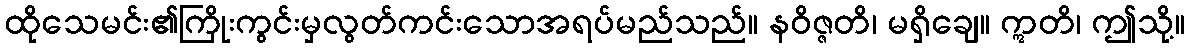
ထိုသေမင်း၏ကြိုးကွင်းမှလွတ်ကင်းသောအရပ်မည်သည်။ နဝိဇ္ဇတိ၊ မရှိချေ။ ဣတိ၊ ဤသို့။